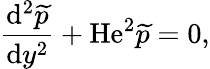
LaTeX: \frac{\mathrm{d}^{2}\widetilde{p}}{\mathrm{d}y^{2}}+\mathrm{He}^{2}\widetilde{p}=0,